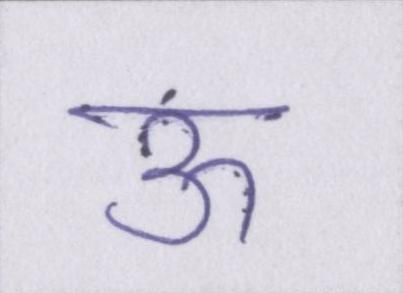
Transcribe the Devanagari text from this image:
ऊ